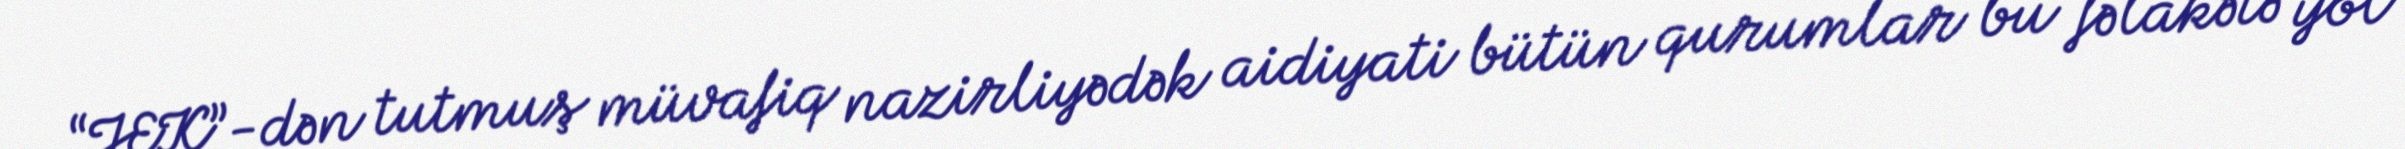
“JEK”-dən tutmuş müvafiq nazirliyədək aidiyati bütün qurumlar bu fəlakətə yol